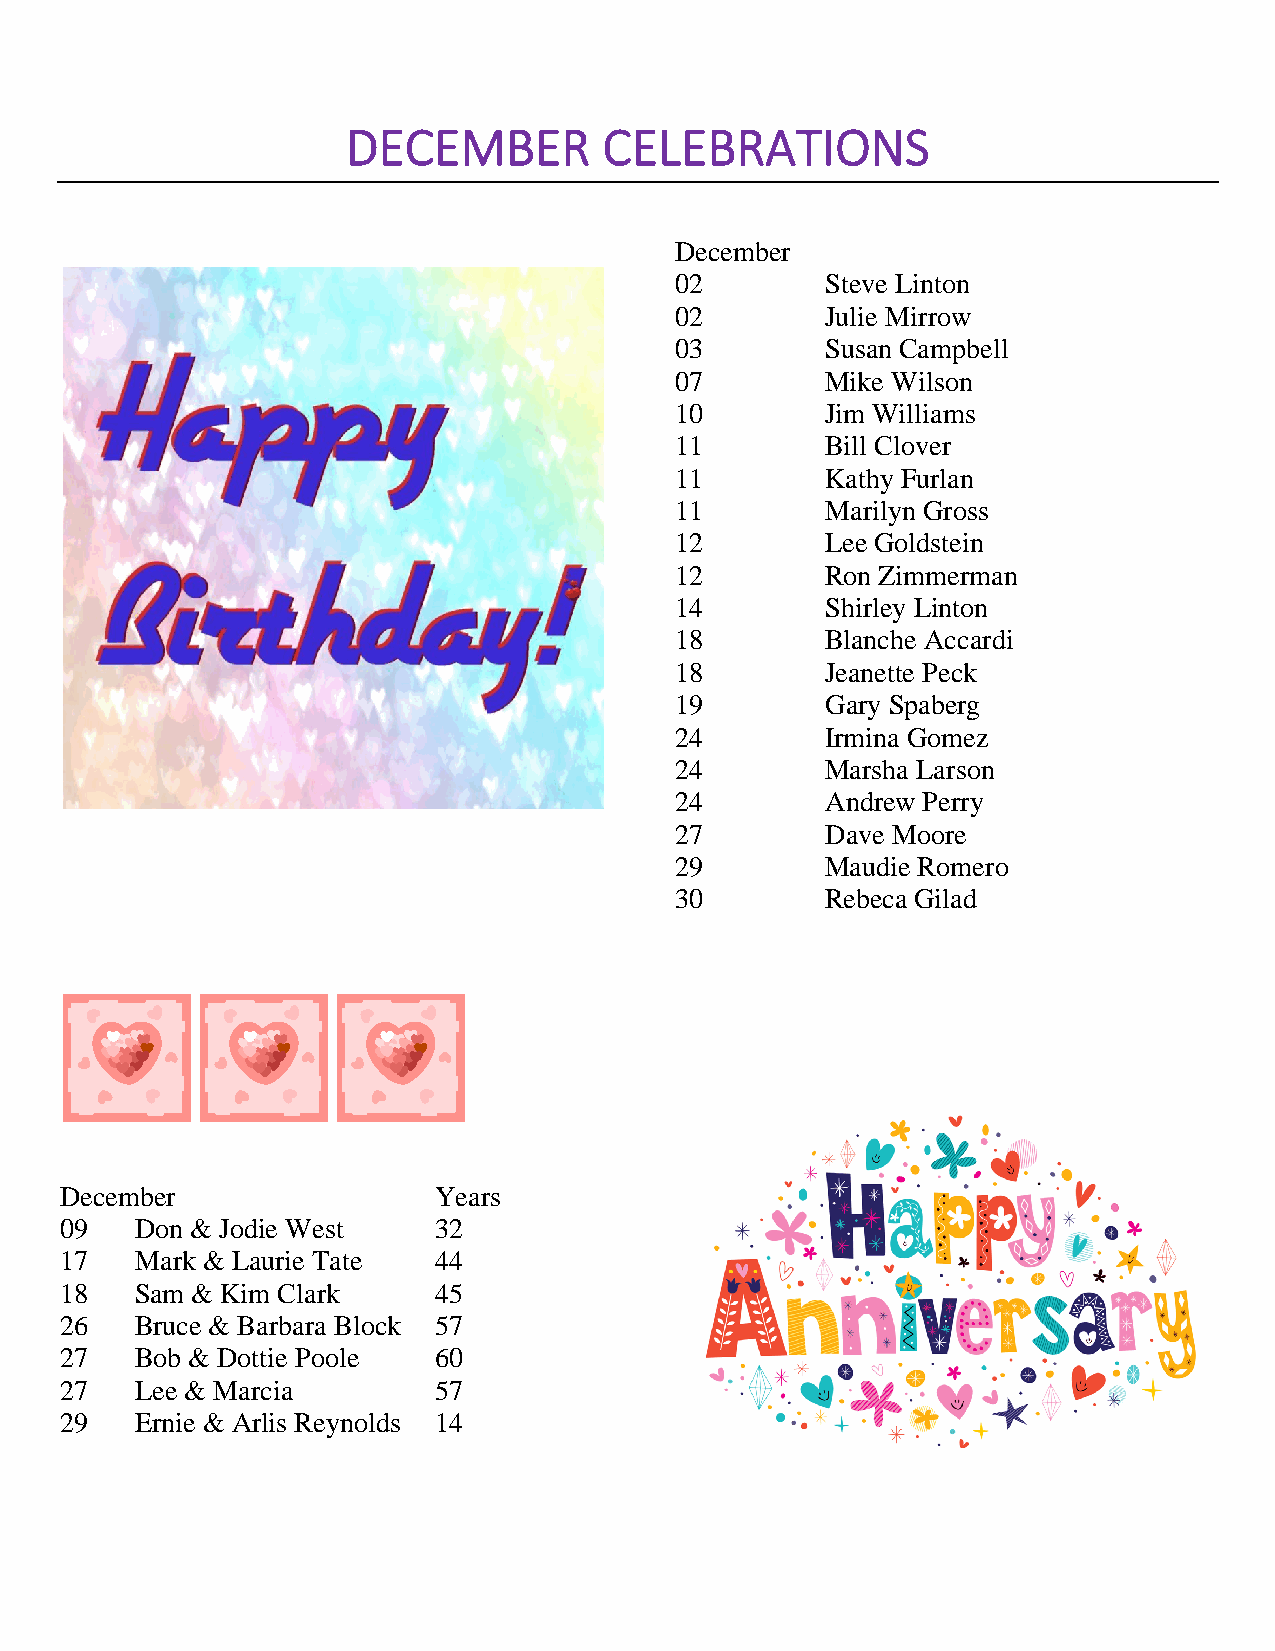
DECEMBER         CELEBRATIONS
 December
 02        Steve Linton
 02        Julie Mirrow
 03        Susan Campbell
 07        Mike Wilson
 10        Jim Williams
 11        Bill Clover
 11        Kathy Furlan
 11        Marilyn Gross
 12        Lee Goldstein
 12        Ron Zimmerman
 14        Shirley Linton
 18        Blanche Accardi
 18        Jeanette Peck
 19        Gary Spaberg
 24        Irmina Gomez
 24        Marsha Larson
 24        Andrew Perry
 27        Dave Moore
 29        Maudie Romero
 30        Rebeca Gilad
 December                 Years
 09   Don & Jodie West    32
 17   Mark & Laurie Tate  44
 18   Sam & Kim Clark     45
 26   Bruce & Barbara Block 57
 27   Bob & Dottie Poole  60
 27   Lee & Marcia        57
 29   Ernie & Arlis Reynolds 14